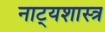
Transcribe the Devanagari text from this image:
नाट्‍यशास्त्र